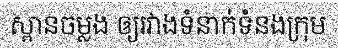
ស្ពានចម្លង ឲ្យរវាងទំនាក់ទំនងក្រុម